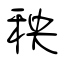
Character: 秧